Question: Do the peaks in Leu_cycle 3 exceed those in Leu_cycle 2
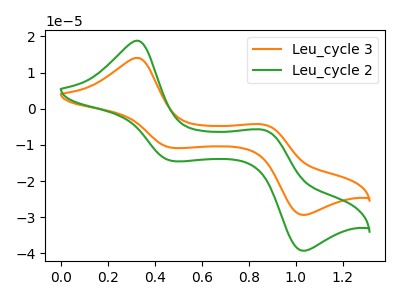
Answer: <think>The orange curve "Leu_cycle 3" has anodic peaks at (0.30V, 14.10uA) (0.85V, -4.45uA) and cathodic peaks at (0.45V, -10.80uA) (1.05V, -29.40uA). The green curve "Leu_cycle 2" has anodic peaks at (0.30V, 18.85uA) (0.85V, -5.95uA) and cathodic peaks at (0.45V, -14.45uA) (1.05V, -39.30uA).</think>
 <answer>The peaks in "Leu_cycle 3" are neither all higher or all lower than the peaks in "Leu_cycle 2".</answer>
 <eval>mixed</eval>